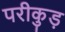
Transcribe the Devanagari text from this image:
परीकुड़